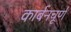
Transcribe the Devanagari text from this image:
कार्बनचूर्ण